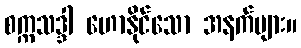
စက္ကသဒ္ဒါ ဟောနိုင်သော အနက်များ။